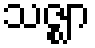
သဇ္ဈာ